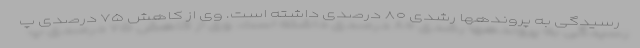
رسیدگی به پروندهها رشدی ۸۰ درصدی داشته است. وی از کاهش ۷۵ درصدی پ